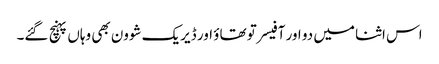
اس اثنا میں دو اور آفیسر تو تھاؤ اور ڈیریک شوون بھی وہاں پہنچ گئے۔